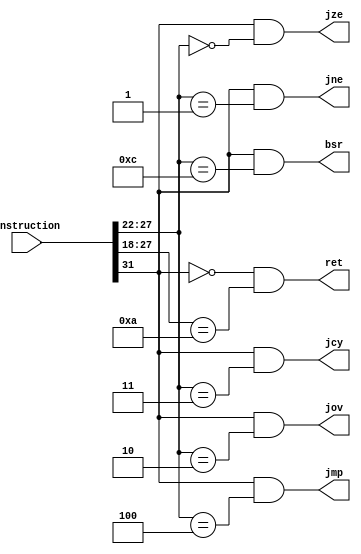
/*
 * instruction_predecoder
 *
 * Instruction predecoder used to detect jump, branch to subroutine and return from subroutine
 */
module instruction_predecoder(
	instruction,	// Instruction
	jmp,				// Indicates a JMP instruction is detected
	jze,				// Indicates a JZE instruction is detected
	jne,				// Indicates a JNE instruction is detected
	jov,				// Indicates a JOV instruction is detected
	jcy,				// Indicates a JCY instruction is detected
	ret,				// Indicates a RET instruction is detected
	bsr				// Indicates a BSR instruction is detected
);

	/*************************/
	/* Declaring input ports */
	/*************************/
	input wire [31:0] instruction;
	
	/**************************/
	/* Declaring output ports */	
	/**************************/
	output wire jmp;
	output wire jze;
	output wire jne;
	output wire jov;
	output wire jcy;
	output wire ret;
	output wire bsr;
	
	/***************/
	/* Out drivers */
	/***************/
	assign jmp = instruction[31] && (instruction[27:22] == 6'b000100);
	assign jze = instruction[31] && (instruction[27:22] == 6'b000000);
	assign jne = instruction[31] && (instruction[27:22] == 6'b000001);
	assign jov = instruction[31] && (instruction[27:22] == 6'b000010);
	assign jcy = instruction[31] && (instruction[27:22] == 6'b000011);
	assign ret = ~instruction[31] && (instruction[27:18] == 10'b0000001010);
	assign bsr = instruction[31] && (instruction[27:22] == 6'b001100);

endmodule